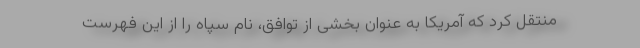
منتقل کرد که آمریکا به عنوان بخشی از توافق، نام سپاه را از این فهرست